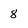
Character: 8